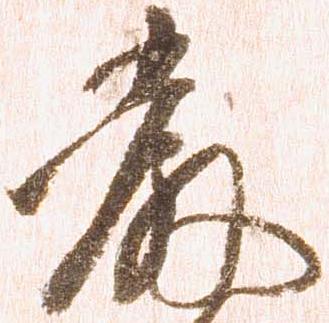
厳